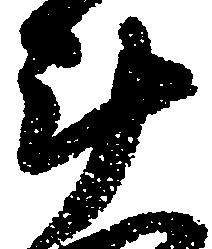
斗